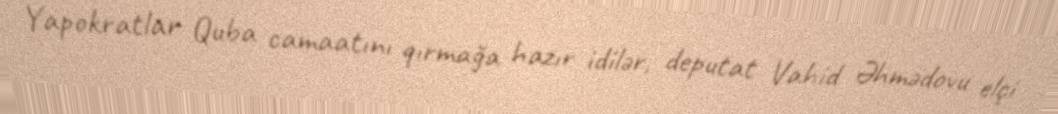
Yapokratlar Quba camaatını qırmağa hazır idilər, deputat Vahid Əhmədovu elçi